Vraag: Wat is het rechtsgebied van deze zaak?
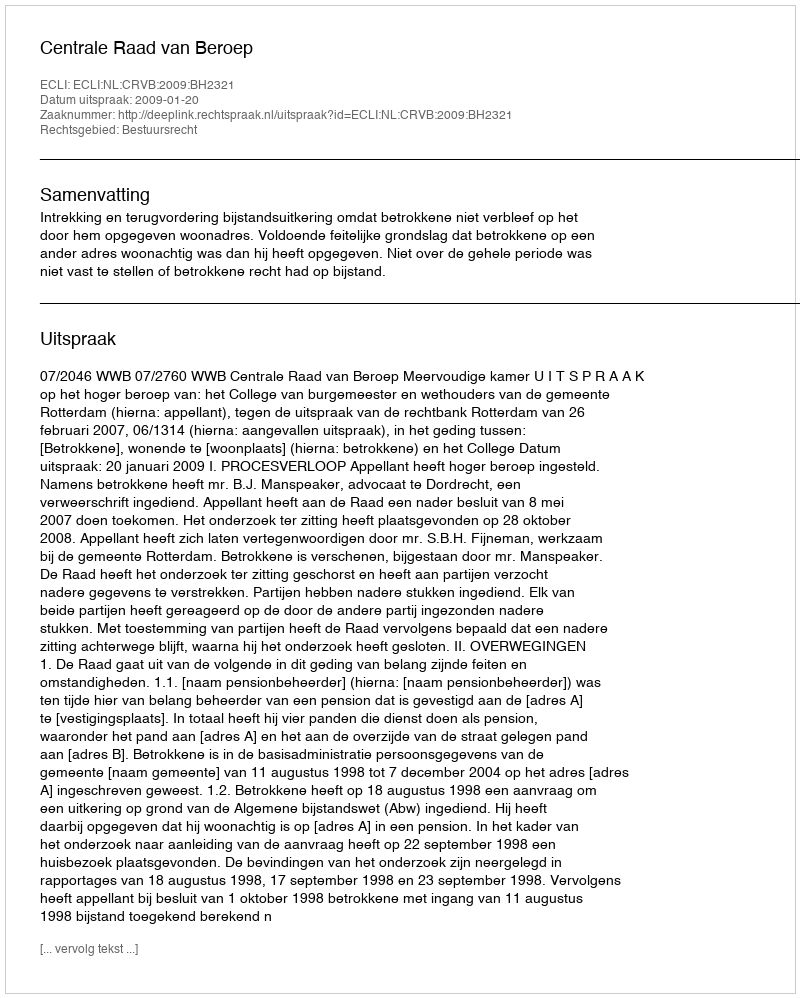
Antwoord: Bestuursrecht